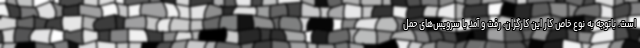
است. باتوجه به نوع خاص کار این کارگران، رفت و آمد با سرویس‌های حمل